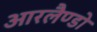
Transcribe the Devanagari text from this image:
आरलैण्डो